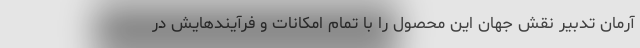
آرمان تدبیر نقش جهان این محصول را با تمام امکانات و فرآیندهایش در